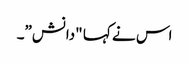
اس نے کہا "دانش”۔